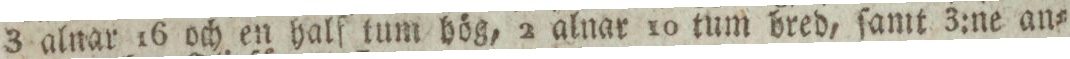
3 alnar 16 och en half tum hög, 2 alnar 10 tum bred, ſamt 3:ne an=